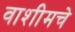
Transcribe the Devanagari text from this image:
वाशीमचे